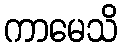
ကာမေသိ